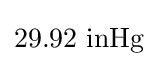
29.92~\mathrm {inHg}